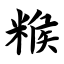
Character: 糇